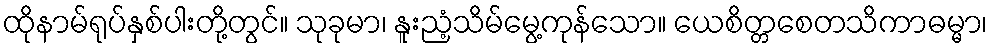
ထိုနာမ်ရုပ်နှစ်ပါးတို့တွင်။ သုခုမာ၊ နူးညံ့သိမ်မွေ့ကုန်သော။ ယေစိတ္တစေတသိကာဓမ္မာ၊